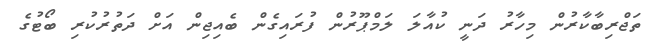
ތަޖްރިބާކާރުން މިހާރު ދަނީ ކުއާލަ ލަމްޕޫރުން ފުރައިގެން ބެެއިޖިން އަށް ދަތުރުކުރި ބޯޓުގެ